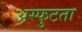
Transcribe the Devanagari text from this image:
अस्फुटता